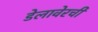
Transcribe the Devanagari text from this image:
डेलावेरची